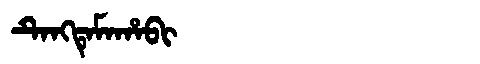
Manchu: ᡨᡝᠩᡨᡝᠮᠠᡥᠠᠪᡳ
Romanization: TENGTEMAHABI